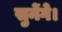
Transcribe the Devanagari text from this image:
सुनेंगे।